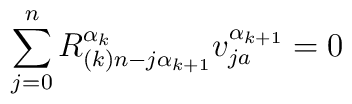
\sum_{j=0}^{n}R^{\alpha_k}_{(k)n-j\alpha_{k+1}}v^{\alpha_{k+1}}_{ja}=0